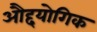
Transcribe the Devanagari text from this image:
औद्दयोगिक